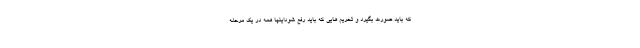
که باید صورت بگیرد و تحریم هایی که باید رفع شوداینها همه در یک مرحله